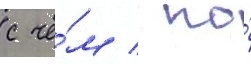
с че́м / по́